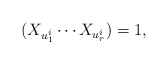
\begin{align*} (X_{u^i_1}\cdots X_{u^i_r})=1,\end{align*}